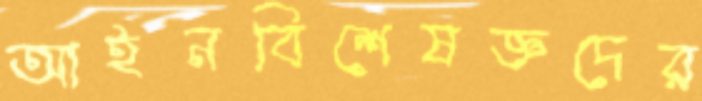
আইনবিশেষজ্ঞদের